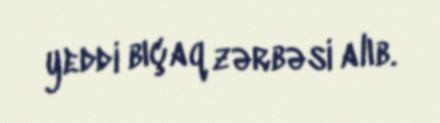
yeddi bıçaq zərbəsi alıb.